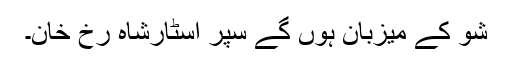
شو کے میزبان ہوں گے سپر اسٹارشاہ رخ خان۔